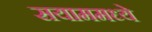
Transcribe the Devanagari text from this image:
सयाममध्ये